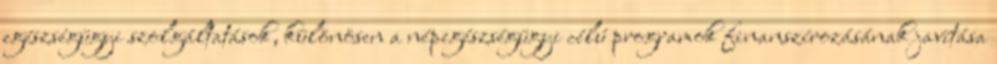
egészségügyi szolgáltatások, különösen a népegészségügyi célú programok finanszírozásának javítása